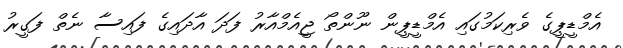
އެމްޑީޕީގެ ވެރިކަމުގައި އެމްޑީޕީން ނޫންތޯ ޖީއެމްއާރު ފަދަ އާދައިގެ ފައިސާ ނެތް ފަގީރު